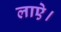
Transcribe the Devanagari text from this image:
लाऐ।